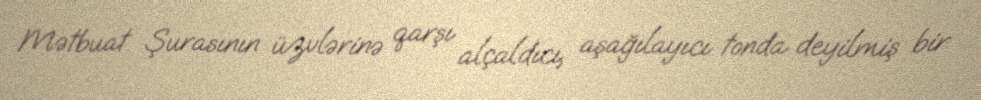
Mətbuat Şurasının üzvlərinə qarşı alçaldıcı, aşağılayıcı tonda deyilmiş bir